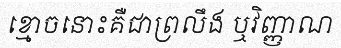
ខ្មោចនោះគឺជាព្រលឹង ឬវិញ្ញាណ